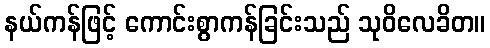
နယ်ကန်ဖြင့် ကောင်းစွာကန်ခြင်းသည် သုဝိလေခိတ။